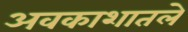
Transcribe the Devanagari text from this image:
अवकाशातले